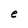
Character: e